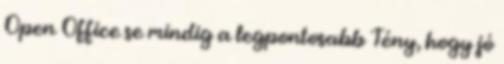
Open Office se mindig a legpontosabb Tény, hogy jó